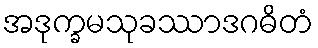
အဒုက္ခမသုခဿာဒဂဓိတံ